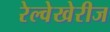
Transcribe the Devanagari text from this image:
रेल्वेखेरीज